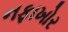
નફાખોર